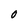
Character: 0